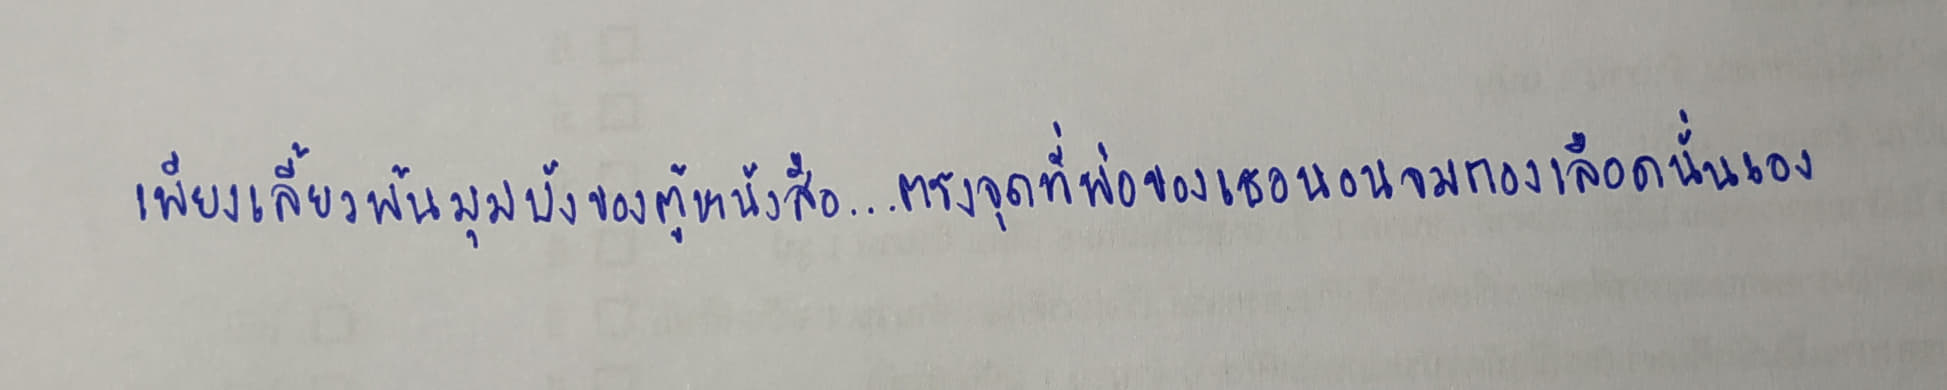
เพียงเลี้ยวพ้นมุมบังของตู้หนังสือ...ตรงจุดที่พ่อของเธอนอนจมกองเลือดนั่นเอง